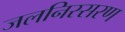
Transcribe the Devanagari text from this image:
जलनिस्सरण